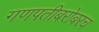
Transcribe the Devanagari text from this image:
गणपतीबरोबरच